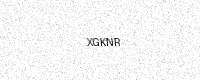
Text: XGKNR